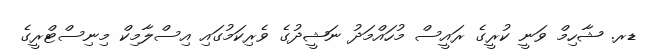
ޑރ. ޝާހިމް ވަނީ ކުރީގެ ރައީސް މުހައްމަދު ނަޝީދުގެ ވެރިކަމުގައި އިސްލާމިކް މިނިސްޓްރީގެ